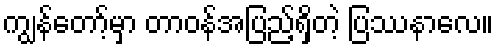
ကျွန်တော့်မှာ တာဝန်အပြည့်ရှိတဲ့ ပြဿနာလေ။